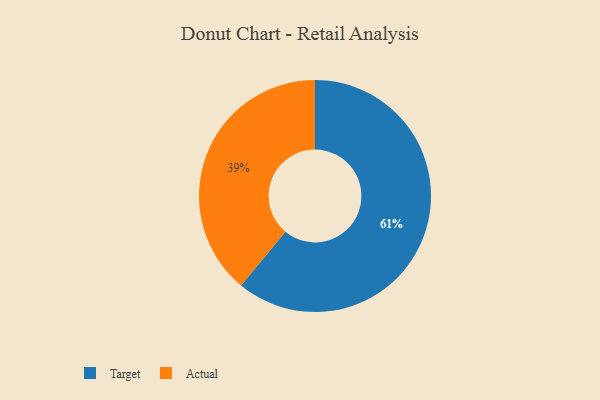
{"axis": {"x": "Category", "y": "Percentage"}, "legend": ["Actual", "Target"], "data": [{"x": "Target", "y": 61, "type": "Target"}, {"x": "Actual", "y": 39, "type": "Actual"}]}